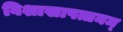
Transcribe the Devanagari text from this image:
विशाखापत्तनम्‌